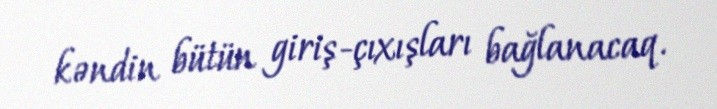
kəndin bütün giriş-çıxışları bağlanacaq.